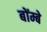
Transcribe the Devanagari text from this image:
बोंम्बे